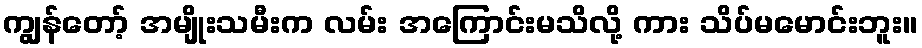
ကျွန်တော့် အမျိုးသမီးက လမ်း အကြောင်းမသိလို့ ကား သိပ်မမောင်းဘူး။